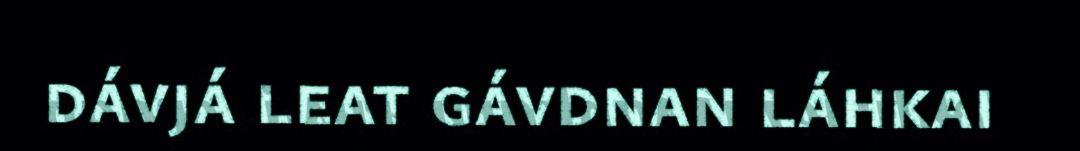
dávjá leat gávdnan láhkai